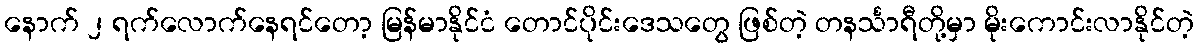
နောက် ၂ ရက်လောက်နေရင်တော့ မြန်မာနိုင်ငံ တောင်ပိုင်းဒေသတွေ ဖြစ်တဲ့ တနင်္သာရီတို့မှာ မိုးကောင်းလာနိုင်တဲ့